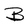
Character: B